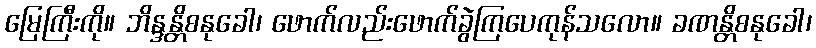
မြေကြီးကို။ ဘိန္ဒန္တိစနုခေါ၊ ဖောက်လည်းဖောက်ခွဲကြပေကုန်သလော။ ခဏန္တိစနုခေါ၊